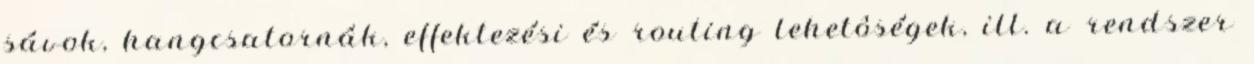
sávok, hangcsatornák, effektezési és routing lehetôségek, ill. a rendszer